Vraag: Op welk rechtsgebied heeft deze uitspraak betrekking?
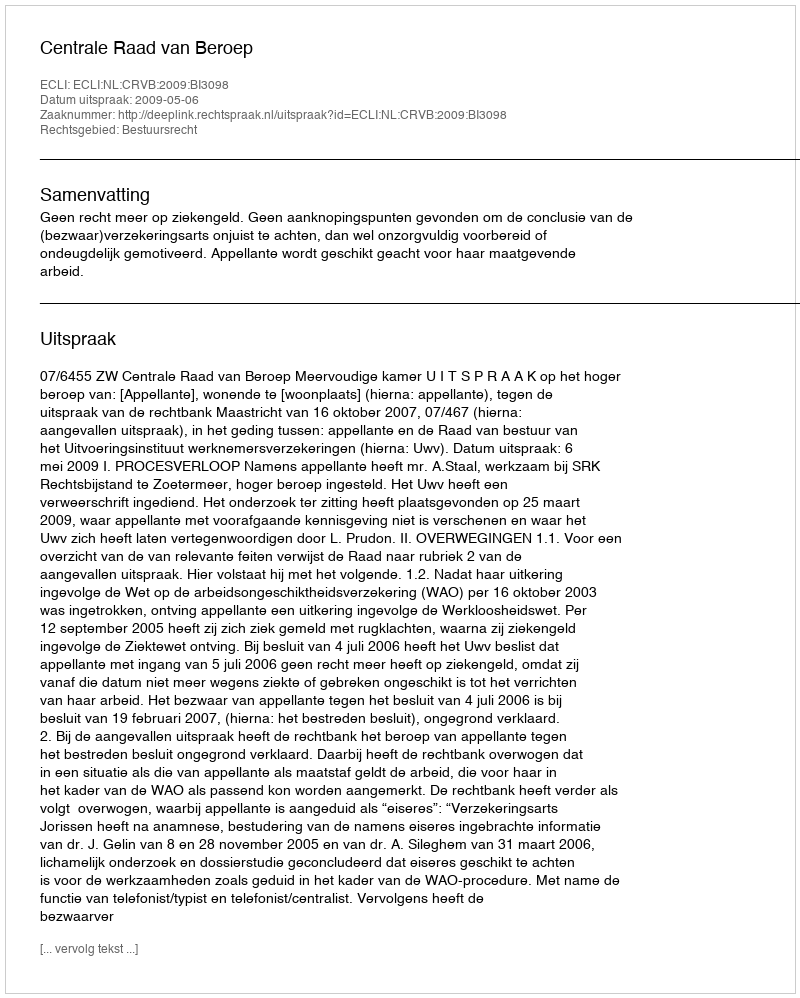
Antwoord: Bestuursrecht